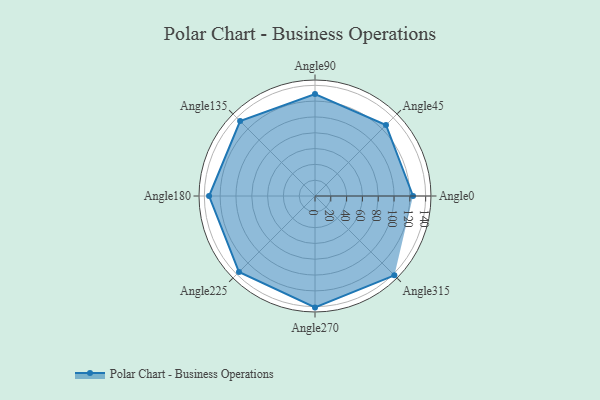
{"axis": {"x": "Angle", "y": "Radius"}, "legend": [""], "data": [{"x": "Angle0", "y": 124.0, "type": ""}, {"x": "Angle45", "y": 127.0, "type": ""}, {"x": "Angle90", "y": 129.0, "type": ""}, {"x": "Angle135", "y": 134.0, "type": ""}, {"x": "Angle180", "y": 134.0, "type": ""}, {"x": "Angle225", "y": 136.0, "type": ""}, {"x": "Angle270", "y": 141.0, "type": ""}, {"x": "Angle315", "y": 142.0, "type": ""}]}